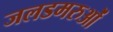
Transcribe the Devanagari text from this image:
जलडमरुओं